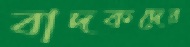
বাদকদের